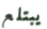
يبتلع